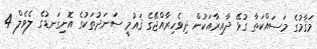
މަޤާމުގެ މަސައްކަތާ ގުޅޭ ދާއިރާއަކުން ދިވެހިރާއްޖޭގެ ޤައުމީ ސަނަދުތަކުގެ އޮނިގަނޑުގެ ލެވެލް 4